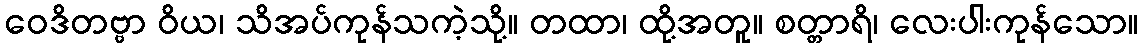
ဝေဒိတဗ္ဗာ ဝိယ၊ သိအပ်ကုန်သကဲ့သို့။ တထာ၊ ထို့အတူ။ စတ္တာရိ၊ လေးပါးကုန်သော။